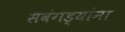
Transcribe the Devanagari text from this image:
सवंगड्यांना